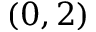
( 0 , 2 )